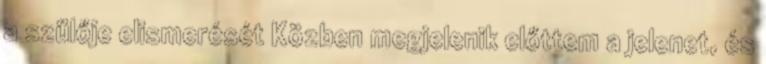
a szülője elismerését Közben megjelenik előttem a jelenet, és